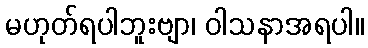
မဟုတ်ရပါဘူးဗျာ၊ ဝါသနာအရပါ။